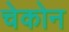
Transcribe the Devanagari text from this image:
चेकोन